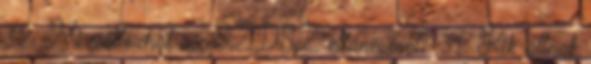
32. Mi változhat az SZDSZ eltűnésével? 31. Kik állnak